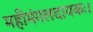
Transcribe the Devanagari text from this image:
महीमंगलदायकः।